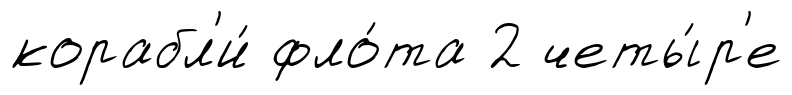
корабл'и́ фло́та 2 четы́р'е